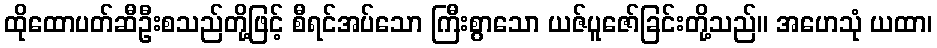
ထိုထောပတ်ဆီဦးစသည်တို့ဖြင့် စီရင်အပ်သော ကြီးစွာသော ယဇ်ပူဇော်ခြင်းတို့သည်။ အဟေသုံ ယထာ၊